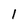
Character: I